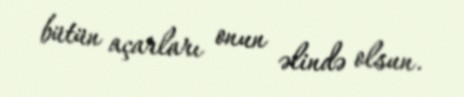
bütün açarları onun əlində olsun.